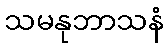
သမနုဘာသနံ